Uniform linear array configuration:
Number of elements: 12
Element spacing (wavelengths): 0.25
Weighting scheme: uniform
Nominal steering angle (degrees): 30
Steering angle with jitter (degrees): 29.676
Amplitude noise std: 0.05
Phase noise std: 0.05

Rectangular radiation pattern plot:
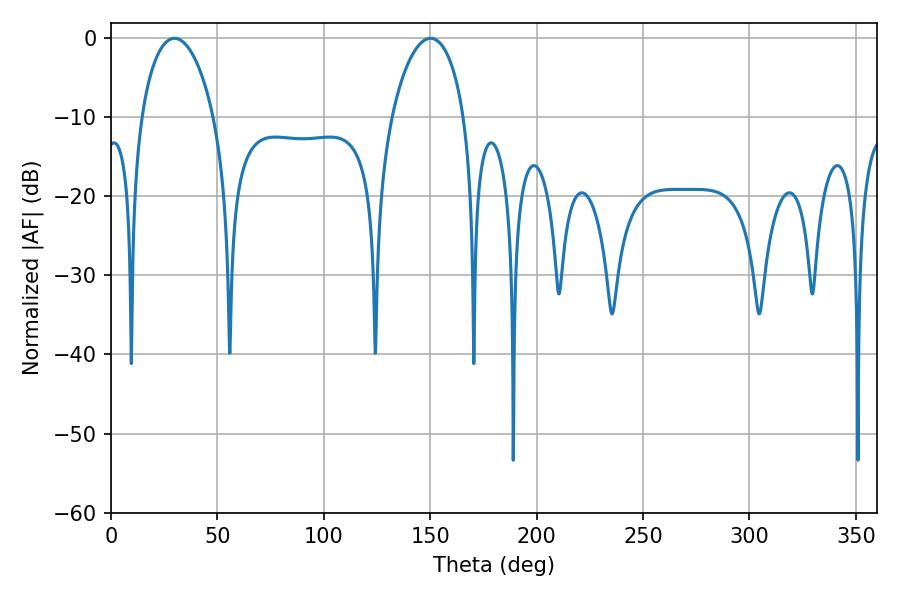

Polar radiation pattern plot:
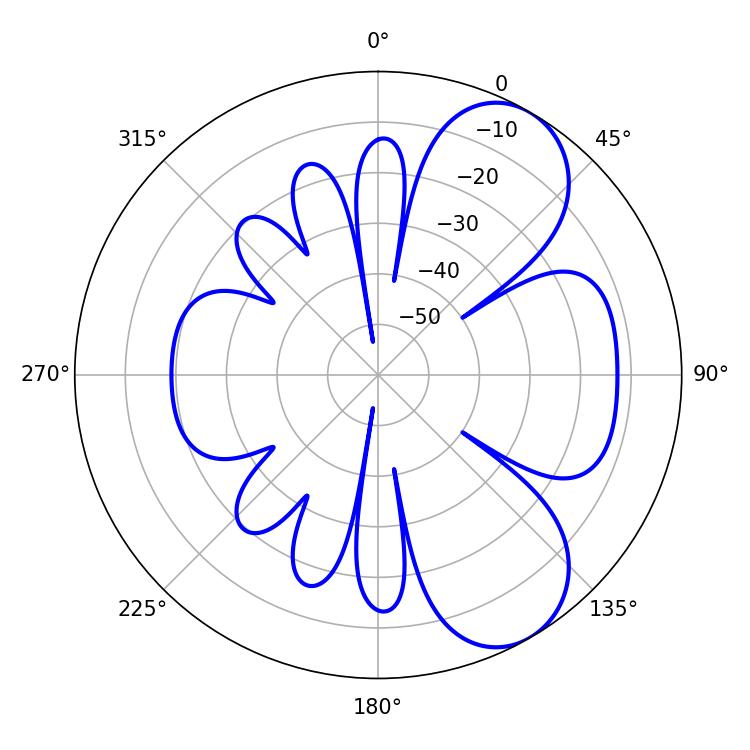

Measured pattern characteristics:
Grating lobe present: FALSE
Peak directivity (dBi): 7.113
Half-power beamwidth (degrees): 19.44
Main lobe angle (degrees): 29.88